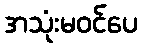
အသုံးမဝင်ပေ